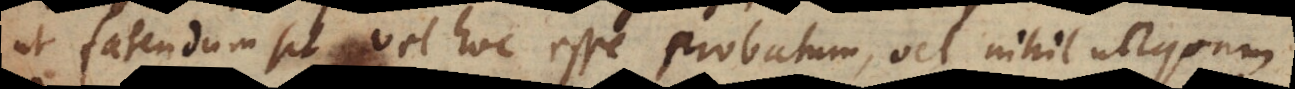
ut fatendum sit, vel hoc esse probatum, vel nihil unquam